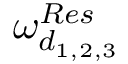
\omega _ { d _ { 1 , 2 , 3 } } ^ { R e s }